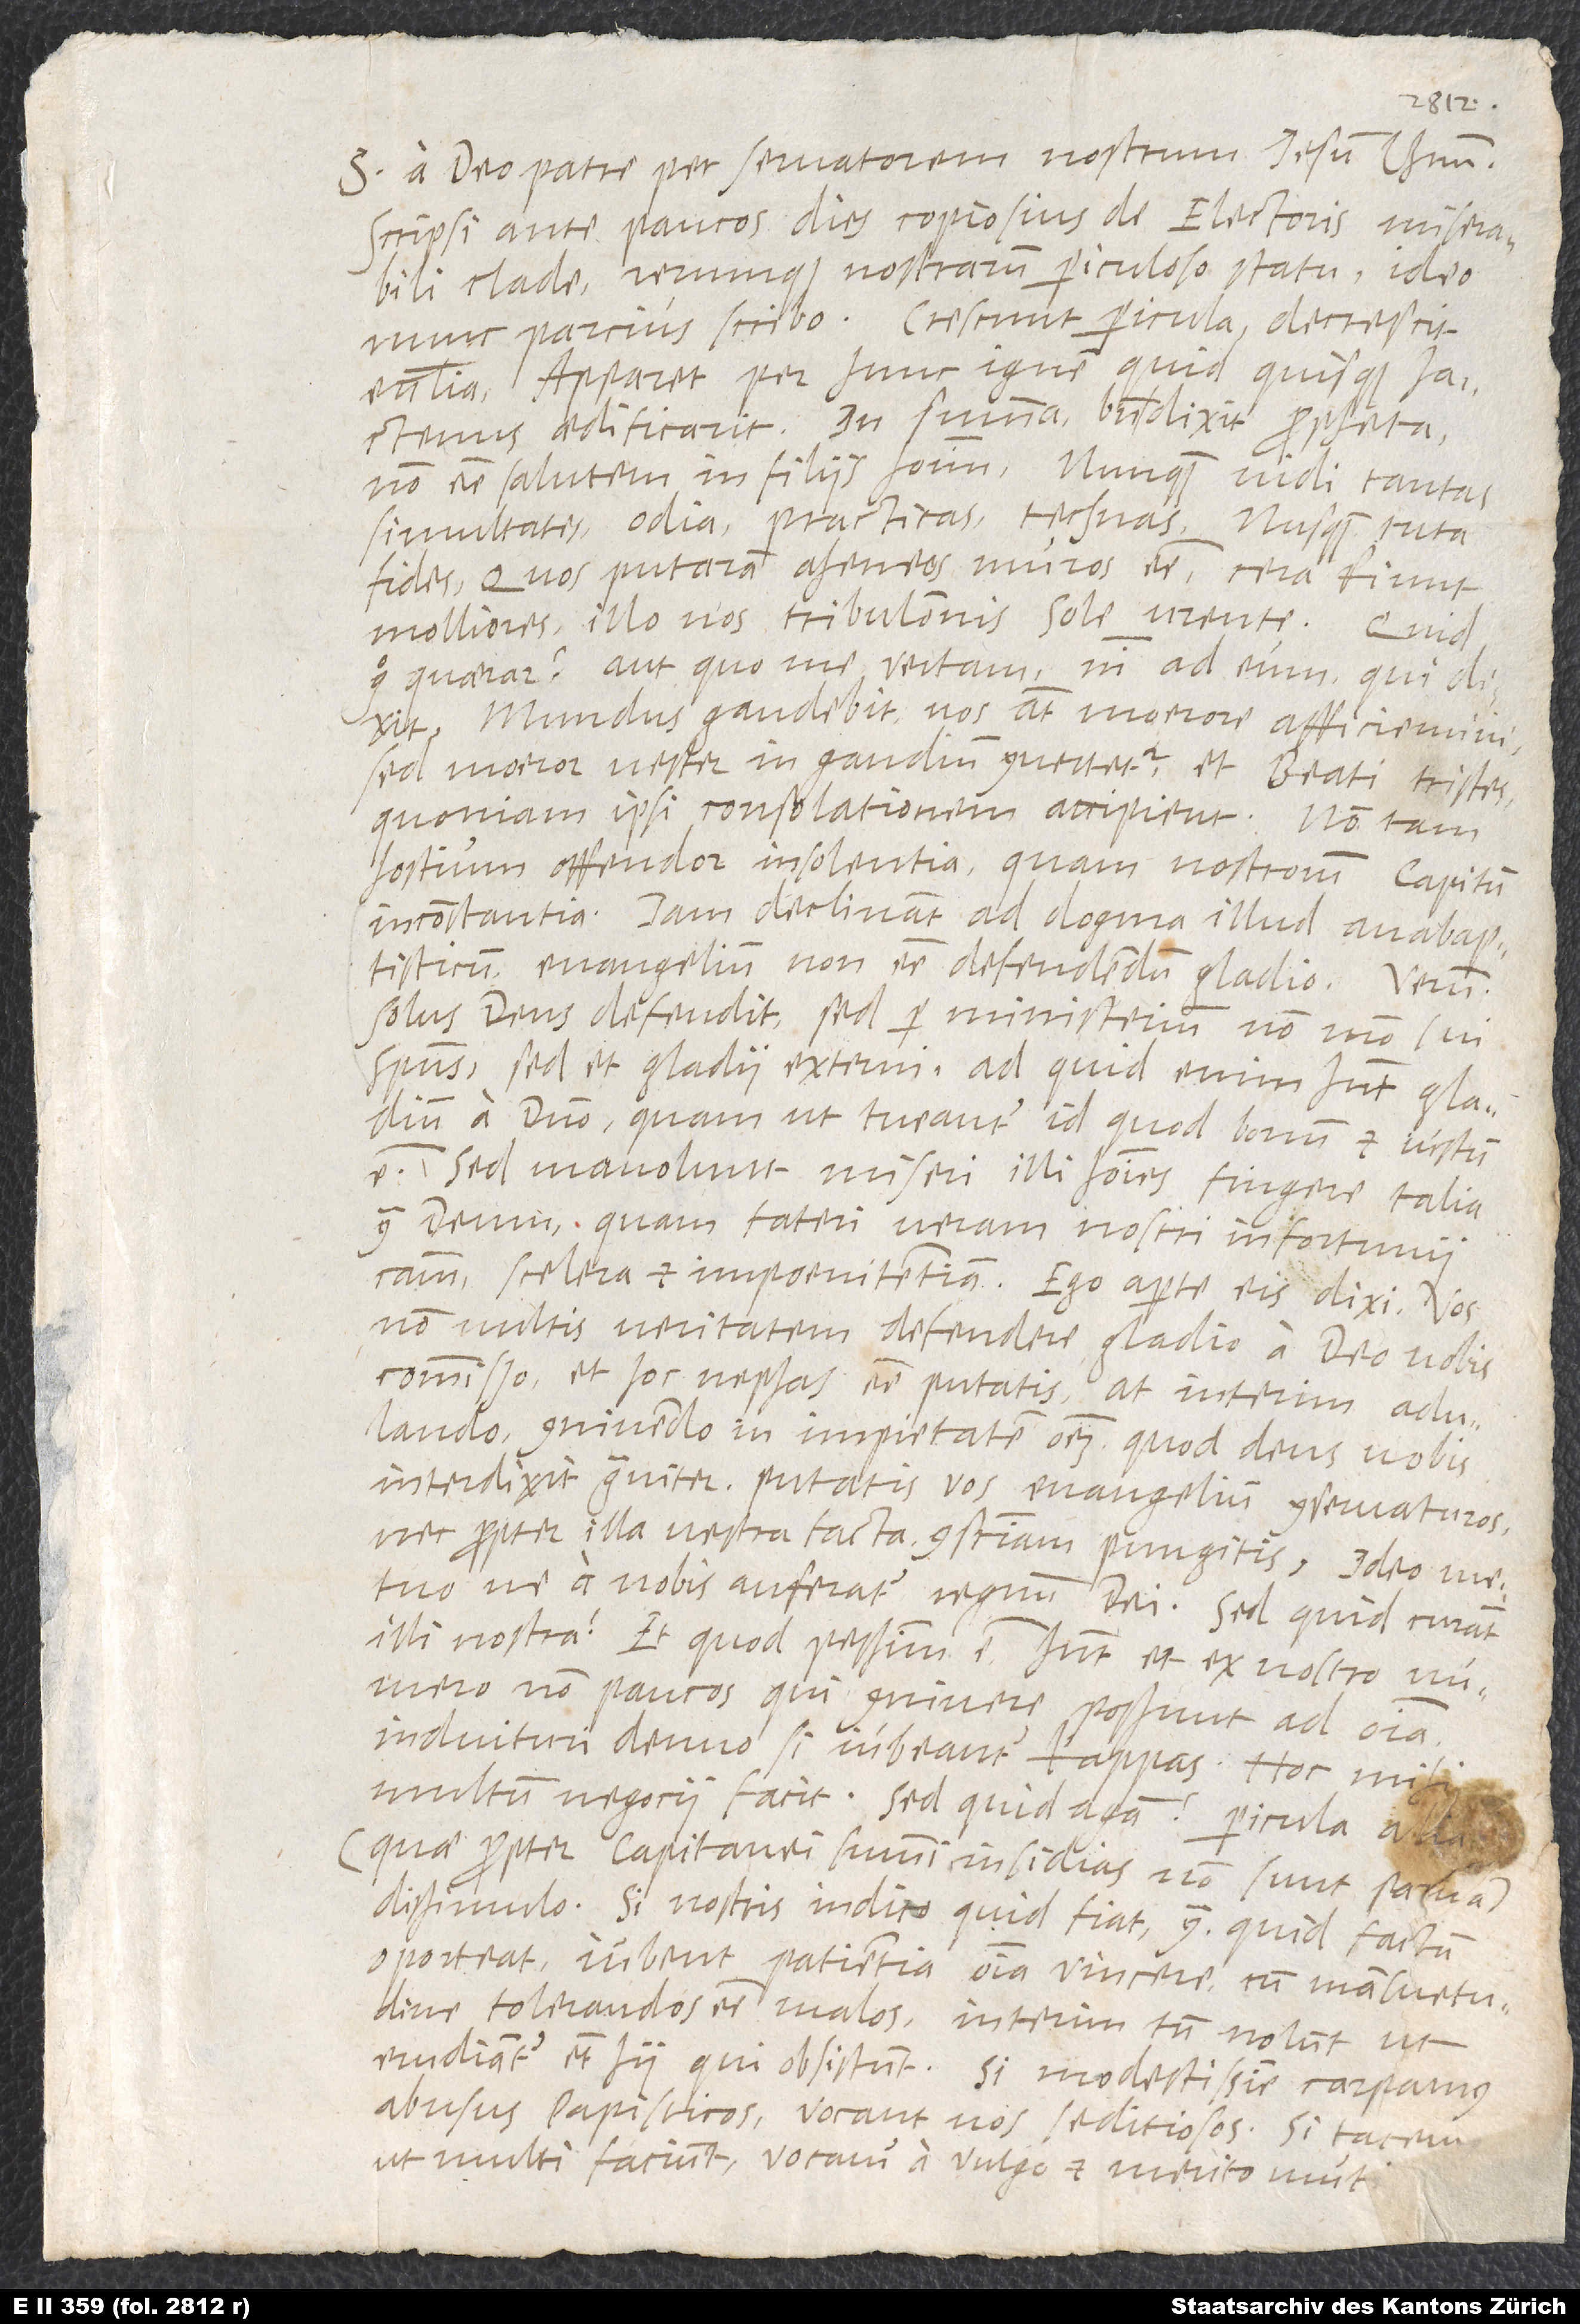
S. a deo patre per servatorem nostrum Iesum Christum.
Scripsi ante paucos dies copiosius de electoris miserabili
clade rerumque nostrarum periculoso statu; ideo
nunc parcius scribo. Crescunt pericula; decrescit
ecclesia. Apparet per hunc ignem, quid quisque hactenus
aedificarit. In summa: Bene dixit propheta:
Non esse salutem in filiis hominum. Nunquam vidi tantas
simultates, odia, practicas, technas! Nusquam tuta
fides! Quos putaram aheneos muros esse, cera fiunt
molliores illo nos tribulationis sole urente. Quid
ergo quaerar aut quo me vertam, nisi ad eum, qui
dixit: „Mundus gaudebit, vos autem moerore afficiemini;
sed moeror vester in gaudium convertetur“, et „Beati tristes,
quoniam ipsi consolationem accipient.“ Non tam
hostium offendor insolentia quam nostrorum capitum
inconstantia. Iam declinant ad dogma illud anabaptisticum,
evangelium non esse defendendum gladio. Verum
solus deus defendit, sed per ministerium non modo sui
spiritus sed et gladii externi. Ad quid enim habent gladium
a domino, quam ut tueantur id, quod bonum et iustum
est? Sed mavolunt miseri illi homines fingere talia
contra deum quam fateri veram nostri infortunii
scelera et impoenitentiam. Ego aperte eis dixi: „Vos
non vultis veritatem defendere gladio a deo vobis
commisso, et hoc nephas esse putatis; at interim adulando,
connivendo in impietatem omnem, quod deus nobis
interdixit graviter, putatis vos evangelium conservaturos
nec propter illa vestra facta conscientiam pungitis. Ideo metuo,
ne a vobis auferatur regnum dei!“ Sed quid curant
illi nostra? Et, quod pessimum est, habent et ex nostro numero
non paucos, qui connivere possunt ad omnia,
induituri denuo, si iubeantur, kappas. Hoc mihi
multum negocii facit! Sed quid agam? Pericula alia
(quae propter capitanei summi insidias non sunt parva)
dissimulo. Si nostris indico, quid fiat, contra, quid factum
oporteat, iubent patientia omnia vincere, cum mansuetudine
tolerandos esse malos. Interim tamen nolunt, ut
erudiantur etiam hii, qui obsistunt. Si modestissime carpamus
abusus papisticos, vocant nos seditiosos! Si tacemus,
ut multi faciunt, vocamur a vulgo, et merito, muti